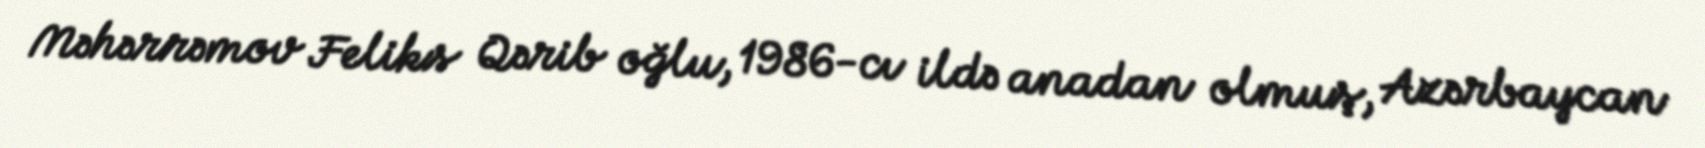
Məhərrəmov Feliks Qərib oğlu, 1986-cı ildə anadan olmuş, Azərbaycan